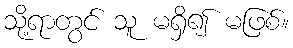
သို့ရာတွင် သူ မရှိ၍ မဖြစ်။